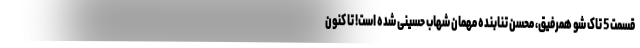
قسمت 5 تاک شو همرفیق، محسن تنابنده مهمان شهاب حسینی شده است! تا کنون